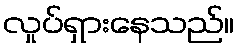
လှုပ်ရှားနေသည်။